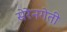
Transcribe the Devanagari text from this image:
सेरेनगेती